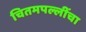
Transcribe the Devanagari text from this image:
चितमपल्लींचा